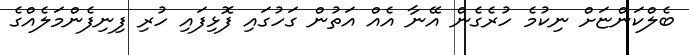
ބެލްކަންޏަށް ނިކުމެ ހުރެގެން އޭނާ އެއް އަތުން ގަހުގައި ފޮޅިފައި ހުރި ފިނިފެންމަލެއްގެ